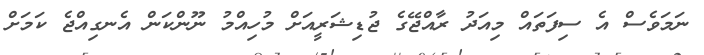
ނަމަވެސް އެ ސިފަތައް މިއަދު ރާއްޖޭގެ ޖުޑިޝަރީއަށް މުހިއްމު ނޫންކަން އެނގިއްޖެ ކަމަށް